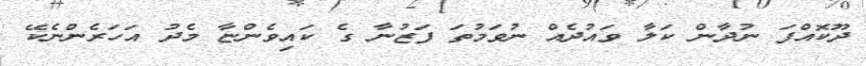
ދޫކޮއްފަ ނުދާން ކަލާ ވައުދެއް ނުވަމުތަ ފަޒުނާ ގެ ކައިވެންޏާ މެދު އަހަރެންނެކޭ